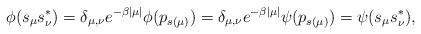
\begin{align*}\phi(s_\mu s_\nu^*)=\delta_{\mu,\nu}e^{-\beta |\mu|}\phi(p_{s(\mu)})=\delta_{\mu,\nu}e^{-\beta |\mu|}\psi(p_{s(\mu)})=\psi(s_\mu s_\nu^*),\end{align*}